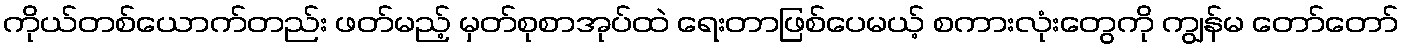
ကိုယ်တစ်ယောက်တည်း ဖတ်မည့် မှတ်စုစာအုပ်ထဲ ရေးတာဖြစ်ပေမယ့် စကားလုံးတွေကို ကျွန်မ တော်တော်